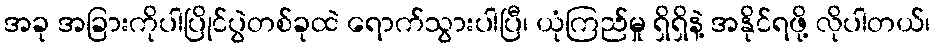
အခု အခြားကိုပါပြိုင်ပွဲတစ်ခုထဲ ရောက်သွားပါပြီ၊ ယုံကြည်မှု ရှိရှိနဲ့ အနိုင်ရဖို့ လိုပါတယ်၊